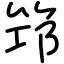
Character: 筇